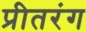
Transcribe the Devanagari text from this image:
प्रीतरंग